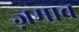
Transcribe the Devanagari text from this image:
ज़माव